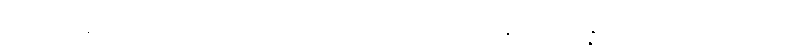
ငါးပါးကုန်သော။ ကတမေဟိဓမ္မေဟိ၊ အဘယ်တရာတို့နှင့်။ သမန္နာဂတော၊ ပြည့်စုံသော။